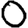
Digit: 0